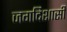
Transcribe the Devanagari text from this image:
जगदिशासी